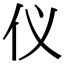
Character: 仪